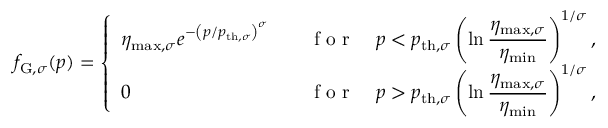
f _ { \mathrm { G , } \sigma } ( \boldsymbol { p } ) = \left\{ \begin{array} { l l } { \eta _ { \mathrm { m a x } , \sigma } e ^ { - \left( p / p _ { \mathrm { t h , } \sigma } \right) ^ { \sigma } } \quad } & { \mathrm { ~ f ~ o ~ r ~ } \quad p < p _ { \mathrm { t h , } \sigma } \left( \ln \displaystyle \frac { \eta _ { \mathrm { m a x , } \sigma } } { \eta _ { \mathrm { m i n } } } \right) ^ { 1 / \sigma } , } \\ { 0 \quad } & { \mathrm { ~ f ~ o ~ r ~ } \quad p > p _ { \mathrm { t h , } \sigma } \left( \ln \displaystyle \frac { \eta _ { \mathrm { m a x , } \sigma } } { \eta _ { \mathrm { m i n } } } \right) ^ { 1 / \sigma } , } \end{array} \right.